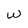
Character: w